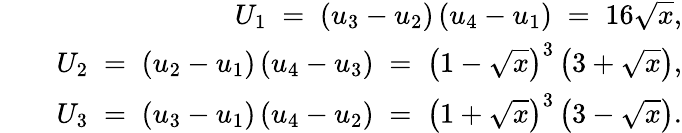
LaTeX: \begin{array}{rlr}&{}&{U_{1}\; =\; \left(u_{3}-u_{2}\right)\left(u_{4}-u_{1}\right)\; =\; 16\sqrt{x},}\\ &{}&{U_{2}\; =\; \left(u_{2}-u_{1}\right)\left(u_{4}-u_{3}\right)\; =\; \left(1-\sqrt{x}\right)^{3}\left(3+\sqrt{x}\right),}\\ &{}&{U_{3}\; =\; \left(u_{3}-u_{1}\right)\left(u_{4}-u_{2}\right)\; =\; \left(1+\sqrt{x}\right)^{3}\left(3-\sqrt{x}\right).}\end{array}